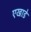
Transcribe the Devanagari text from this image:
एखाडे